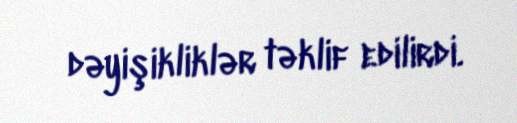
dəyişikliklər təklif edilirdi.